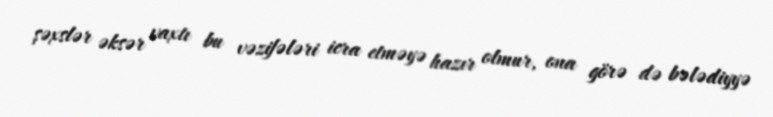
şəxslər əksər vaxtı bu vəzifələri icra etməyə hazır olmur, ona görə də bələdiyyə